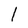
Character: 1